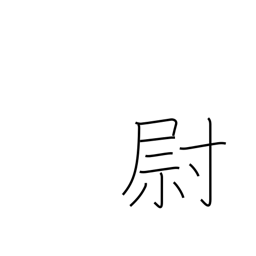
Meaning: old man